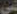
عن